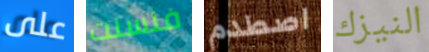
على فنسنت اصطدم النيزك